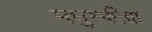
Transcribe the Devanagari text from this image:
मधुस्फीता